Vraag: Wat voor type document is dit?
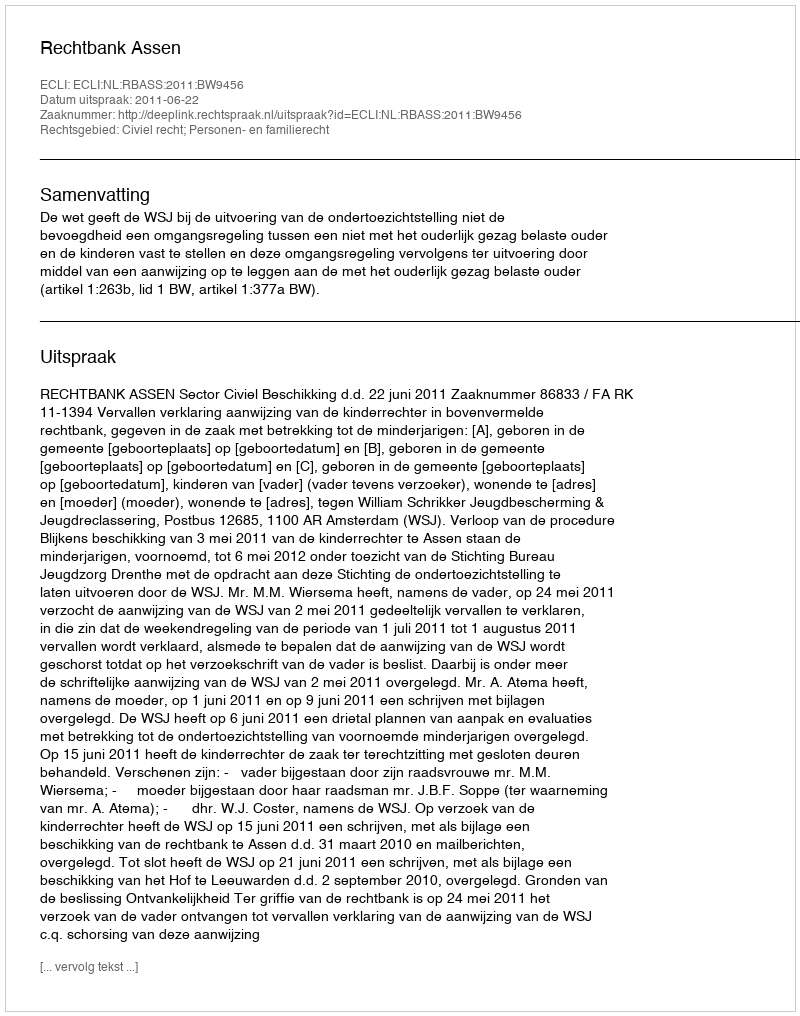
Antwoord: Uitspraak